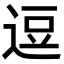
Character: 逗